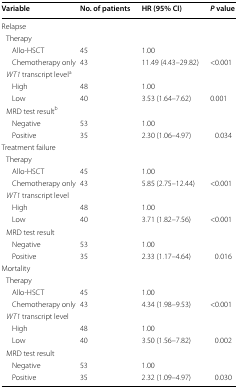
| Variable | No. of patients | HR (95% CI) | P value |
 | --- | --- | --- | --- |
 | <COLSPAN=4> Relapse |
 | <COLSPAN=4> Therapy |
 | Allo-HSCT | 45 | 1.00 |  |
 | Chemotherapy only | 43 | 11.49 (4.43–29.82) | <0.001 |
 | <COLSPAN=4> WT1 transcript levela |
 | High | 48 | 1.00 |  |
 | Low | 40 | 3.53 (1.64–7.62) | 0.001 |
 | <COLSPAN=4> MRD test resultb |
 | Negative | 53 | 1.00 |  |
 | Positive | 35 | 2.30 (1.06–4.97) | 0.034 |
 | <COLSPAN=4> Treatment failure |
 | <COLSPAN=4> Therapy |
 | Allo-HSCT | 45 | 1.00 |  |
 | Chemotherapy only | 43 | 5.85 (2.75–12.44) | <0.001 |
 | <COLSPAN=4> WT1 transcript level |
 | High | 48 | 1.00 |  |
 | Low | 40 | 3.71 (1.82–7.56) | <0.001 |
 | <COLSPAN=4> MRD test result |
 | Negative | 53 | 1.00 |  |
 | Positive | 35 | 2.33 (1.17–4.64) | 0.016 |
 | <COLSPAN=4> Mortality |
 | <COLSPAN=4> Therapy |
 | Allo-HSCT | 45 | 1.00 |  |
 | Chemotherapy only | 43 | 4.34 (1.98–9.53) | <0.001 |
 | <COLSPAN=4> WT1 transcript level |
 | High | 48 | 1.00 |  |
 | Low | 40 | 3.50 (1.56–7.82) | 0.002 |
 | <COLSPAN=4> MRD test result |
 | Negative | 53 | 1.00 |  |
 | Positive | 35 | 2.32 (1.09–4.97) | 0.030 |